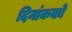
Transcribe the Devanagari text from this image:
दिनांकको